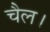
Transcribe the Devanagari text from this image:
चैल।